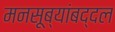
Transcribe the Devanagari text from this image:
मनसूब्यांबद्दल